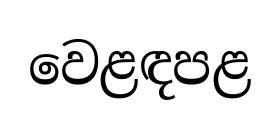
වෙළඳපළ